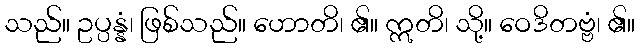
သည်။ ဥပ္ပန္နံ၊ ဖြစ်သည်။ ဟောတိ၊ ၏။ ဣတိ၊ သို့။ ဝေဒိတဗ္ဗံ၊ ၏။